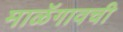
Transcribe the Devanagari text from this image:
माळॅगावची